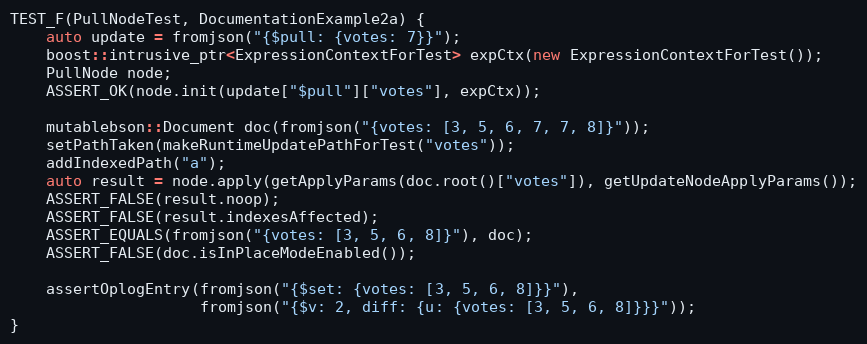
Language: C++
TEST_F(PullNodeTest, DocumentationExample2a) {
    auto update = fromjson("{$pull: {votes: 7}}");
    boost::intrusive_ptr<ExpressionContextForTest> expCtx(new ExpressionContextForTest());
    PullNode node;
    ASSERT_OK(node.init(update["$pull"]["votes"], expCtx));

    mutablebson::Document doc(fromjson("{votes: [3, 5, 6, 7, 7, 8]}"));
    setPathTaken(makeRuntimeUpdatePathForTest("votes"));
    addIndexedPath("a");
    auto result = node.apply(getApplyParams(doc.root()["votes"]), getUpdateNodeApplyParams());
    ASSERT_FALSE(result.noop);
    ASSERT_FALSE(result.indexesAffected);
    ASSERT_EQUALS(fromjson("{votes: [3, 5, 6, 8]}"), doc);
    ASSERT_FALSE(doc.isInPlaceModeEnabled());

    assertOplogEntry(fromjson("{$set: {votes: [3, 5, 6, 8]}}"),
                     fromjson("{$v: 2, diff: {u: {votes: [3, 5, 6, 8]}}}"));
}